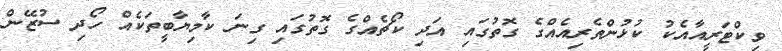
ވިކްޓަރީއާއެކު ކުޅުންތެރިއެއްގެ ގޮތުގައި އަދި ކޯޗެއްގެ ގޮތުގައި ގިނަ ކާމިޔާބީތަކެއް ހޯދި ސުޒޭން